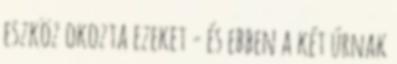
eszköz okozta ezeket - és ebben a két úrnak